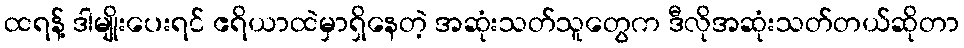
ထရန့် ဒါမျိုးပေးရင် ဧရိယာထဲမှာရှိနေတဲ့ အဆုံးသတ်သူတွေက ဒီလိုအဆုံးသတ်တယ်ဆိုတာ